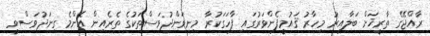
ރާއްޖޭގެ ތާރީޚަށް ބަލާއިރު މިހާރު ޤައުމީފެންވަރުގައި ފާހަގަކުރާ މިނިވަންދުވަސްތަކުގެ ތެރެއިން އެންމެ ގިނަދުވަސްވީ